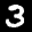
Label: 3